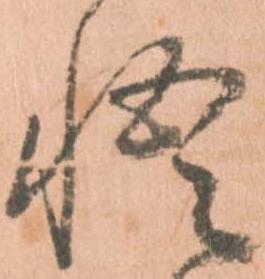
悟